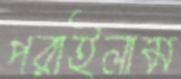
পরাইলাম